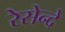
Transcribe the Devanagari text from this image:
रेसेन्दे